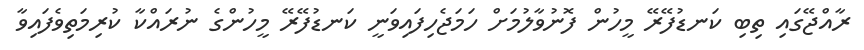
ރާއްޖޭގައި ތިބި ކަނޑުފޭރޭ މީހުން ފޮނުވާލުމަށް ހަމަޖެހިފައިވަނީ ކަނޑުފޭރޭ މީހުންގެ ނުރައްކާ ކުރިމަތިވެފައިވާ